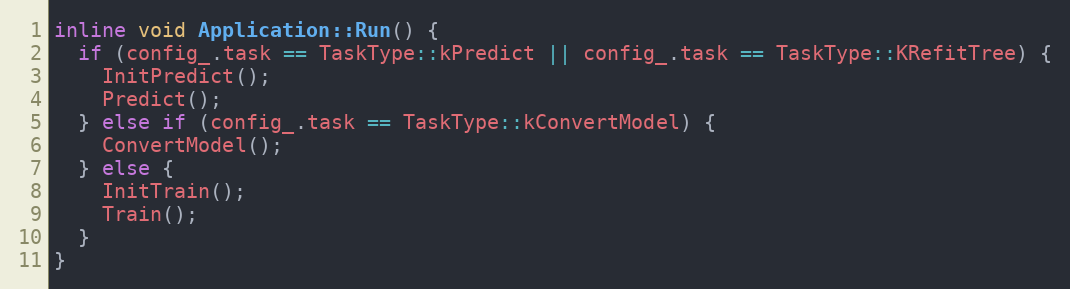
Language: C
inline void Application::Run() {
  if (config_.task == TaskType::kPredict || config_.task == TaskType::KRefitTree) {
    InitPredict();
    Predict();
  } else if (config_.task == TaskType::kConvertModel) {
    ConvertModel();
  } else {
    InitTrain();
    Train();
  }
}